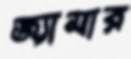
জ্যামার